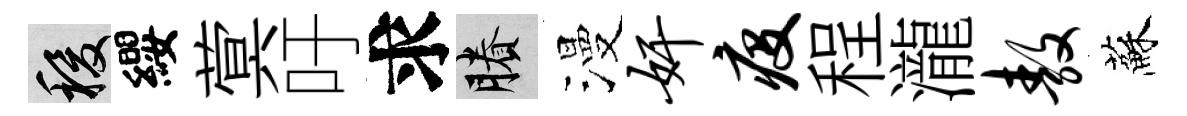
稷纓蓂吁求賸漫奸疫程瀧敖蘇